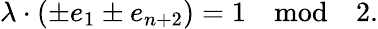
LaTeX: \lambda\cdot(\pm e_{1}\pm e_{n+2})=1\quad\mathrm{mod}\quad 2.